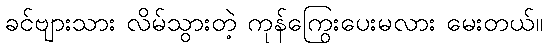
ခင်ဗျားသား လိမ်သွားတဲ့ ကုန်ကြွေးပေးမလား မေးတယ်။